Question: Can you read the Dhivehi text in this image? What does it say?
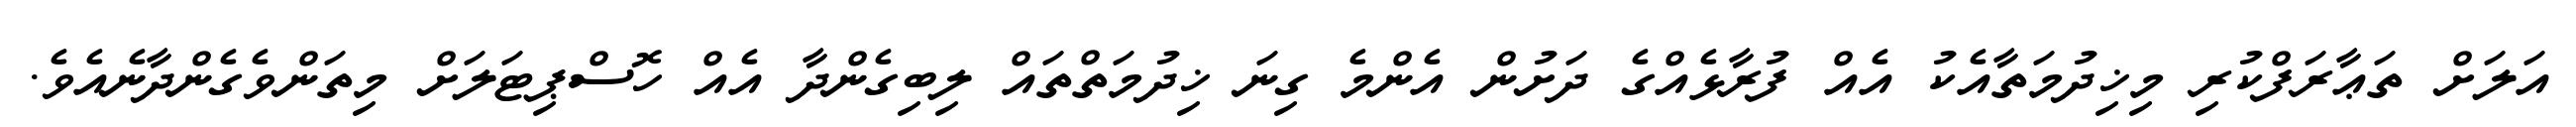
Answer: އަލަށް ތަޢާރަފްކުރި މިޚިދުމަތާއެކު އެއް ފުރާޅެއްގެ ދަށުން އެންމެ ގިނަ ޚިދުމަތްތައް ލިބިގެންދާ އެއް ހޮސްޕިޓަލަށް މިތަންވެގެންދާނެއެވެ.